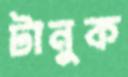
টানুক